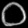
Digit: ၀